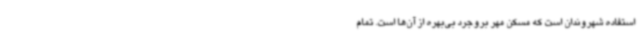
استفاده شهروندان است که مسکن مهر بروجرد بی‌بهره از آن‌ها است. تمام